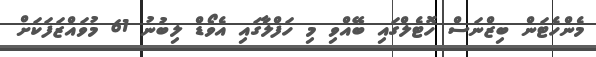
މެންހެޓަން ބިޒްނަސް ހޮޓެލްގައި ބޭއްްވި މި ހަފްލާގައި އެވޯޑް ލިބުނު 61 މުވައްޒަފަކަށް